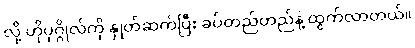
လို့ ဟိုပုဂ္ဂိုလ်ကို နှုတ်ဆက်ပြီး ခပ်တည်တည်နဲ့ ထွက်လာတယ်။